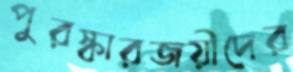
পুরস্কারজয়ীদের